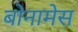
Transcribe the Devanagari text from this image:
बोनामेस